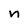
Character: n